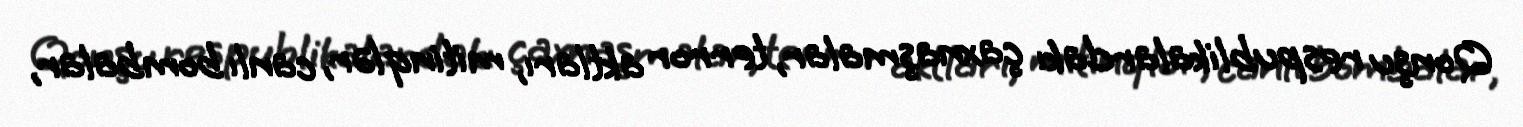
Qonşu respublikalardakı çaxnaşmalar, terror aktları, mitinqlər, canlı bombalar,